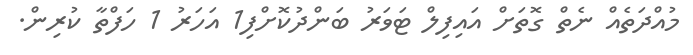
މުއްދަތެއް ނެތް ގޮތަށް އައިފިލް ޓަވަރު ބަންދުކޮށްފި1 އަހަރު 1 ހަފްތާ ކުރިން.